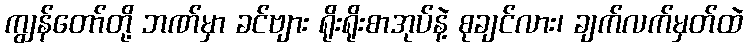
ကျွန်တော်တို့ ဘဏ်မှာ ခင်ဗျား ရိုးရိုးစာအုပ်နဲ့ စုချင်လား၊ ချက်လက်မှတ်ထဲ